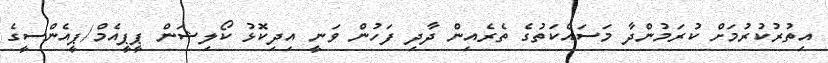
އިތުރުކުރުމަށް ކުރަމުންދާ މަސައްކަތުގެ ތެރެއިން ދާދި ފަހުން ވަނީ އިދިކޮޅު ކޯލިޝަން ޕީޕީއެމް/ޕީއެންސީގެ